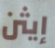
إيثن